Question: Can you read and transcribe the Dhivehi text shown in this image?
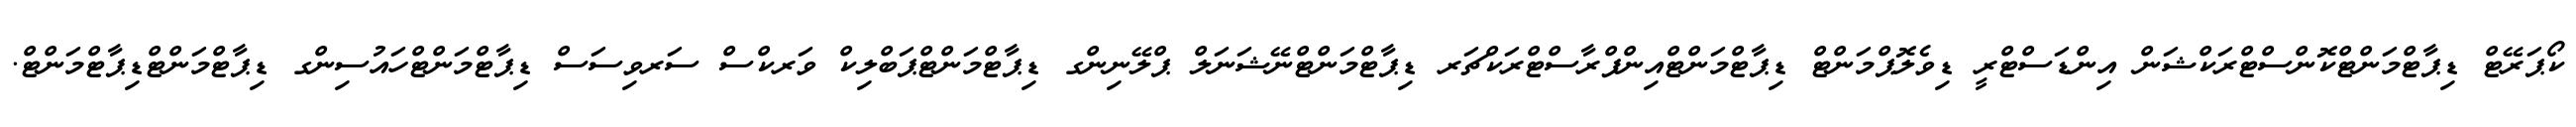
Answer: ކޯޕަރޭޓް ޑިޕާޓްމަންޓްކޮންސްޓްރަކްޝަން އިންޑަސްޓްރީ ޑިވެލޮޕްމަންޓް ޑިޕާޓްމަންޓްއިންފްރާސްޓްރަކްޗަރ ޑިޕާޓްމަންޓްނޭޝަނަލް ޕްލޭނިންގ ޑިޕާޓްމަންޓްޕަބްލިކް ވަރކްސް ސަރވިސަސް ޑިޕާޓްމަންޓްހައުސިންގ ޑިޕާޓްމަންޓްޑިޕާޓްމަންޓް.